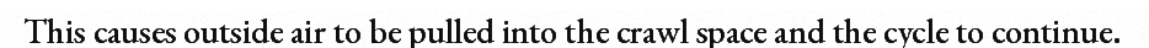
This causes outside air to be pulled into the crawl space and the cycle to continue.